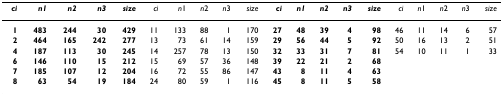
| ci | n1 | n2 | n3 | size | ci | n1 | n2 | n3 | size | ci | n1 | n2 | n3 | size | ci | n1 | n2 | n3 | size |
 | --- | --- | --- | --- | --- | --- | --- | --- | --- | --- | --- | --- | --- | --- | --- | --- | --- | --- | --- | --- |
 | 1 | 483 | 244 | 30 | 429 | 11 | 133 | 88 | 1 | 170 | 27 | 48 | 39 | 4 | 98 | 46 | 11 | 14 | 6 | 57 |
 | 2 | 464 | 165 | 242 | 277 | 13 | 73 | 61 | 14 | 159 | 29 | 56 | 44 | 5 | 92 | 50 | 16 | 13 | 2 | 51 |
 | 4 | 187 | 113 | 30 | 245 | 14 | 257 | 78 | 13 | 150 | 32 | 33 | 31 | 7 | 81 | 54 | 10 | 11 | 1 | 33 |
 | 6 | 146 | 110 | 15 | 212 | 15 | 69 | 57 | 36 | 148 | 39 | 22 | 21 | 2 | 68 |  |  |  |  |  |
 | 7 | 185 | 107 | 12 | 204 | 16 | 72 | 55 | 86 | 147 | 43 | 8 | 11 | 4 | 63 |  |  |  |  |  |
 | 8 | 63 | 54 | 19 | 184 | 24 | 80 | 59 | 1 | 116 | 45 | 8 | 11 | 5 | 58 |  |  |  |  |  |